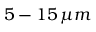
5 - 1 5 \, \mu m